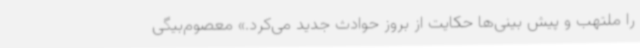
را ملتهب و پیش بینی‌ها حکایت از بروز حوادث جدید می‌کرد.» معصوم‌بیگی